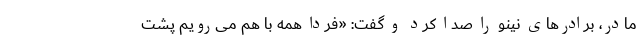
مادر، برادرهای نینو را صدا کرد و گفت: «فردا همه با هم می‌رویم پشت